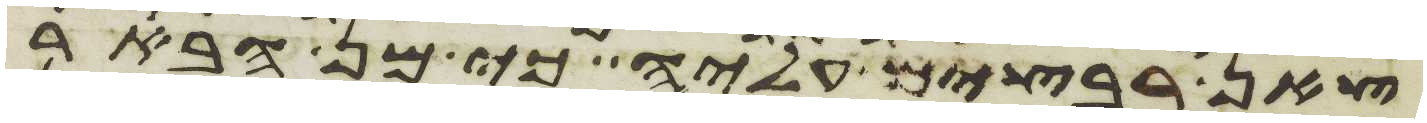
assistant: צאן רבצים עליה כי מן הבאר